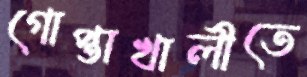
গোপ্তাখালীতে